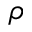
\rho